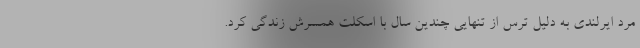
مرد ایرلندی به دلیل ترس از تنهایی چندین سال با اسکلت همسرش زندگی کرد.